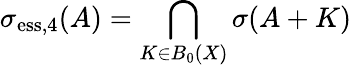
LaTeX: \sigma_{\mathrm{ess},4}(A)=\bigcap_{K\in B_{0}(X)}\sigma(A+K)